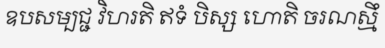
ឧបសម្បជ្ជ វិហរតិ ឥទំ បិស្ស ហោតិ ចរណស្មឹ